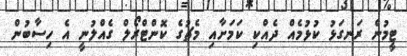
ޓީމުން ރަނގަޅު ކުޅުމެއް ދެއްކި ކަމަށާއި މެޗުގެ ކޮންޓްރޯލް ގެއްލުނީ އެ ހިސާބުން